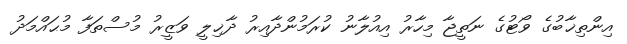
އިންތިޚާބުގެ ވޯޓުގެ ނަތީޖާ މިހާރު އިއުލާނު ކުރަމުންދާއިރު ދާޚިލީ ވަޒީރު މުސްތަފާ މުޙައްމަދު